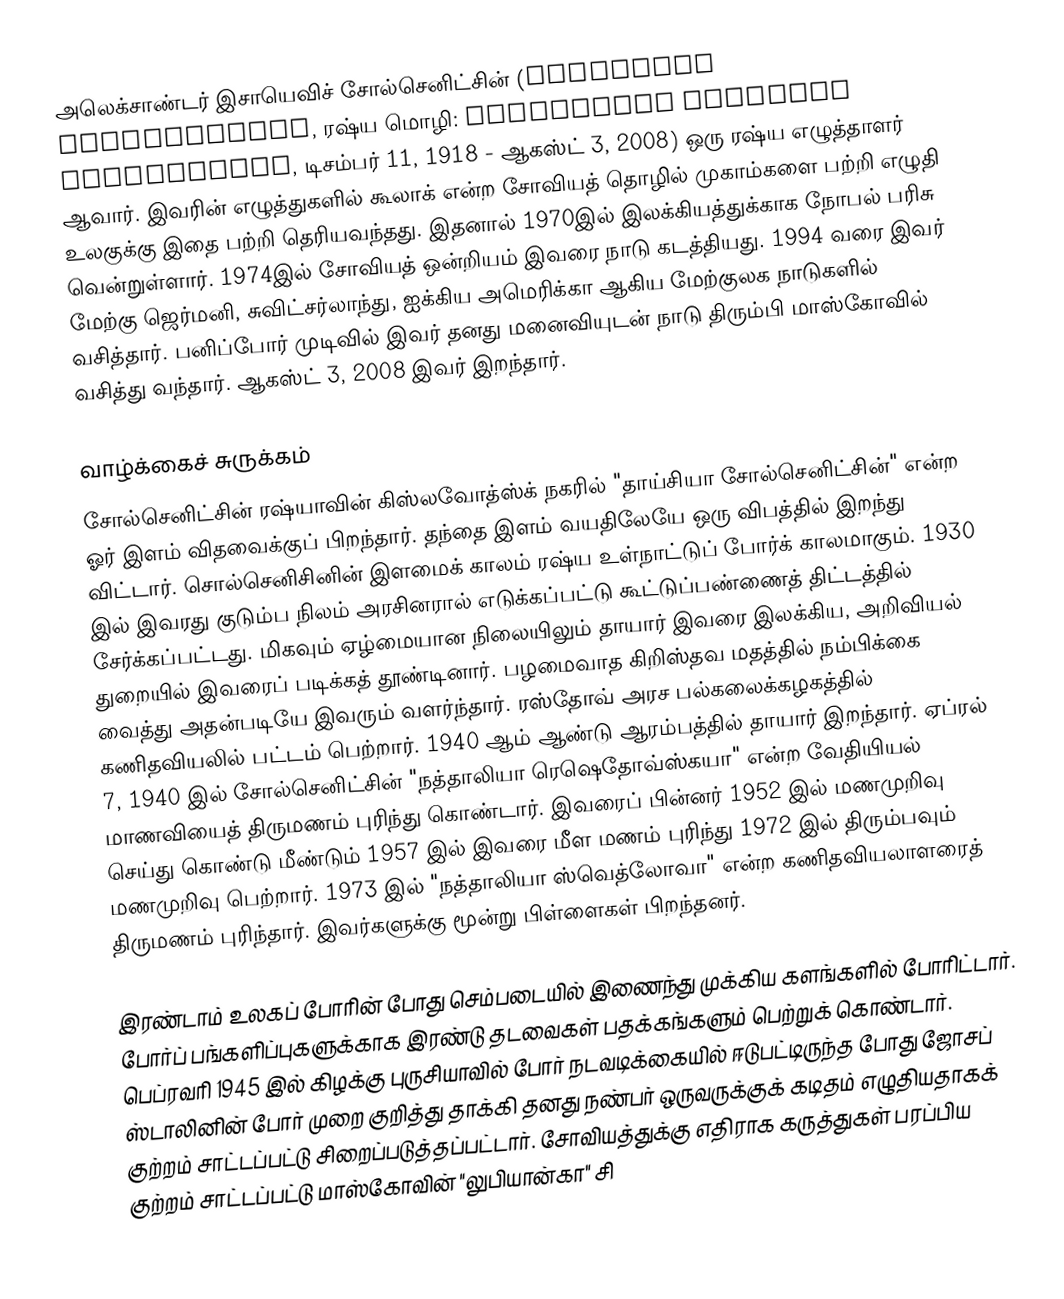
அலெக்சாண்டர் இசாயெவிச் சோல்செனிட்சின் (Aleksandr Solzhenitsyn, ரஷ்ய மொழி: Алекса́ндр Иса́евич Солжени́цын, டிசம்பர் 11, 1918 - ஆகஸ்ட் 3, 2008) ஒரு ரஷ்ய எழுத்தாளர் ஆவார். இவரின் எழுத்துகளில் கூலாக் என்ற சோவியத் தொழில் முகாம்களை பற்றி எழுதி உலகுக்கு இதை பற்றி தெரியவந்தது. இதனால் 1970இல் இலக்கியத்துக்காக நோபல் பரிசு வென்றுள்ளார். 1974இல் சோவியத் ஒன்றியம் இவரை நாடு கடத்தியது. 1994 வரை இவர் மேற்கு ஜெர்மனி, சுவிட்சர்லாந்து, ஐக்கிய அமெரிக்கா ஆகிய மேற்குலக நாடுகளில் வசித்தார். பனிப்போர் முடிவில் இவர் தனது மனைவியுடன் நாடு திரும்பி மாஸ்கோவில் வசித்து வந்தார். ஆகஸ்ட் 3, 2008 இவர் இறந்தார்.

வாழ்க்கைச் சுருக்கம்
சோல்செனிட்சின் ரஷ்யாவின் கிஸ்லவோத்ஸ்க் நகரில் "தாய்சியா சோல்செனிட்சின்" என்ற ஓர் இளம் விதவைக்குப் பிறந்தார். தந்தை இளம் வயதிலேயே ஒரு விபத்தில் இறந்து விட்டார். சொல்செனிசினின் இளமைக் காலம் ரஷ்ய உள்நாட்டுப் போர்க் காலமாகும். 1930 இல் இவரது குடும்ப நிலம் அரசினரால் எடுக்கப்பட்டு கூட்டுப்பண்ணைத் திட்டத்தில் சேர்க்கப்பட்டது. மிகவும் ஏழ்மையான நிலையிலும் தாயார் இவரை இலக்கிய, அறிவியல் துறையில் இவரைப் படிக்கத் தூண்டினார். பழமைவாத கிறிஸ்தவ மதத்தில் நம்பிக்கை வைத்து அதன்படியே இவரும் வளர்ந்தார். ரஸ்தோவ் அரச பல்கலைக்கழகத்தில் கணிதவியலில் பட்டம் பெற்றார். 1940 ஆம் ஆண்டு ஆரம்பத்தில் தாயார் இறந்தார். ஏப்ரல் 7, 1940 இல் சோல்செனிட்சின் "நத்தாலியா ரெஷெதோவ்ஸ்கயா" என்ற வேதியியல் மாணவியைத் திருமணம் புரிந்து கொண்டார். இவரைப் பின்னர் 1952 இல் மணமுறிவு செய்து கொண்டு மீண்டும் 1957 இல் இவரை மீள மணம் புரிந்து 1972 இல் திரும்பவும் மணமுறிவு பெற்றார். 1973 இல் "நத்தாலியா ஸ்வெத்லோவா" என்ற கணிதவியலாளரைத் திருமணம் புரிந்தார். இவர்களுக்கு மூன்று பிள்ளைகள் பிறந்தனர்.

இரண்டாம் உலகப் போரின் போது செம்படையில் இணைந்து முக்கிய களங்களில் போரிட்டார். போர்ப் பங்களிப்புகளுக்காக இரண்டு தடவைகள் பதக்கங்களும் பெற்றுக் கொண்டார். பெப்ரவரி 1945 இல் கிழக்கு புருசியாவில் போர் நடவடிக்கையில் ஈடுபட்டிருந்த போது ஜோசப் ஸ்டாலினின் போர் முறை குறித்து தாக்கி தனது நண்பர் ஒருவருக்குக் கடிதம் எழுதியதாகக் குற்றம் சாட்டப்பட்டு சிறைப்படுத்தப்பட்டார். சோவியத்துக்கு எதிராக கருத்துகள் பரப்பிய குற்றம் சாட்டப்பட்டு மாஸ்கோவின் "லுபியான்கா" சி